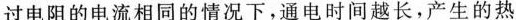
过电阻的电流相同的情况下，通电时间越长，产生的热